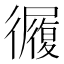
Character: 𢖓